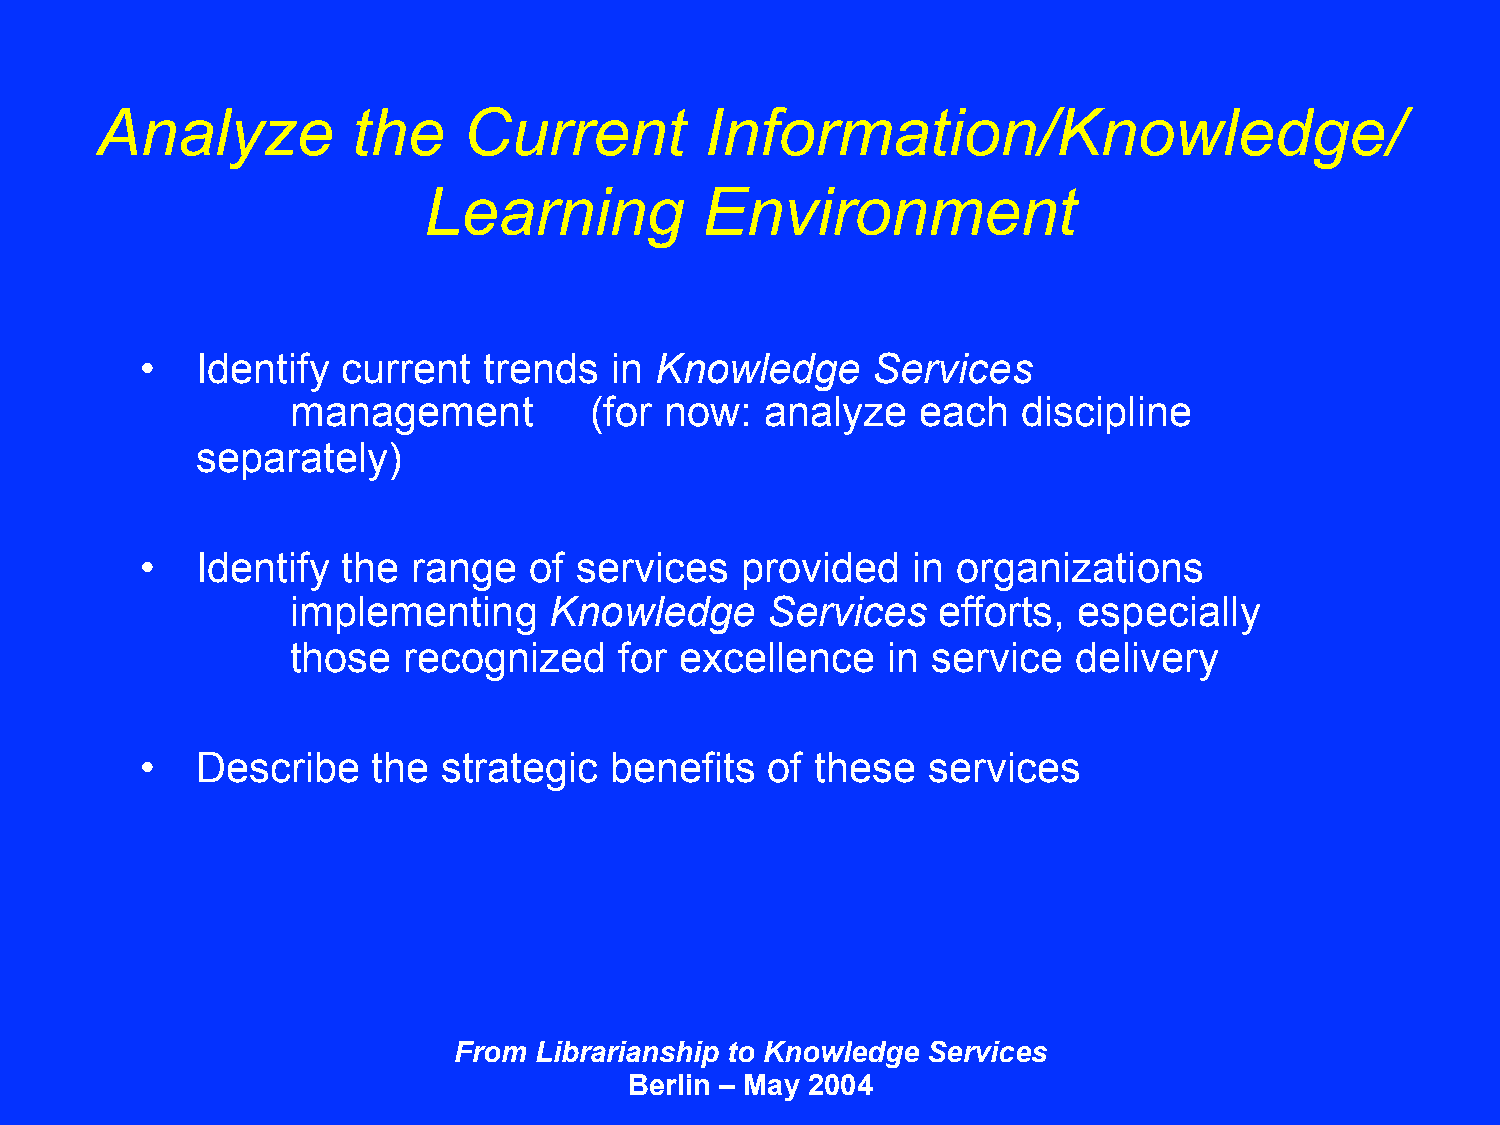
Analyze          the     Current         Information/Knowledge/
 Learning          Environmen              t
 •   Identify  current  trends  in Knowledge      Services
 management          (for now:   analyze   each   discipline
 separately)
 •   Identify  the range   of services   provided   in organizations
 implementing     Knowledge      Services   efforts, especially
 those   recognized    for excellence    in service  delivery
 •   Describe    the strategic  benefits   of these  services
 From Librarianship to Knowledge Services
 Berlin – May 2004